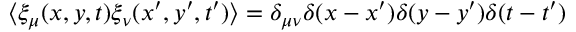
\langle \xi _ { \mu } ( x , y , t ) \xi _ { \nu } ( x ^ { \prime } , y ^ { \prime } , t ^ { \prime } ) \rangle = \delta _ { \mu \nu } \delta ( x - x ^ { \prime } ) \delta ( y - y ^ { \prime } ) \delta ( t - t ^ { \prime } )